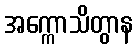
အက္ကောသိတွာန